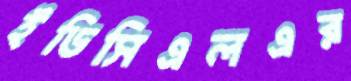
ইডিসিএলএর